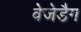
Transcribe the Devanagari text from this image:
वेजेडैग